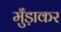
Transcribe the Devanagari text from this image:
मुँड़ाकर